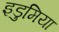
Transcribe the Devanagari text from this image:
इडुमिया